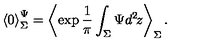
{ \langle 0 \rangle } _ { \Sigma } ^ { \Psi } = \left\langle \exp \frac { 1 } { \pi } \int _ { \Sigma } \Psi d ^ { 2 } \! z \right\rangle _ { \Sigma } .